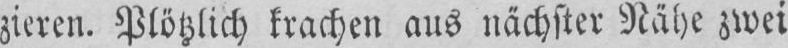
zieren. Plötzlich krachen aus nächster Nähe zwei